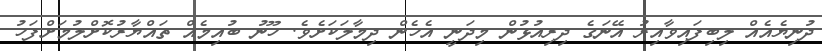
ދުނިޔެއެއް ލިބިފައިވާއިރު އޭނަގެ ދިރިއުޅުން މިދަނީ އެހެން ދިމާލަކަށެވެ. ހޫނު ބުއިމެއް ތައްޔާރުކޮށްލުމަށްފަހު